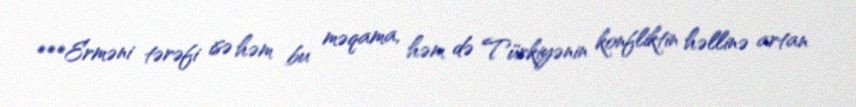
***Erməni tərəfi isə həm bu məqama, həm də Türkiyənin konfliktin həllinə artan